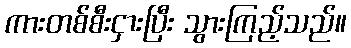
ကားတစ်စီးငှားပြီး သွားကြည့်သည်။